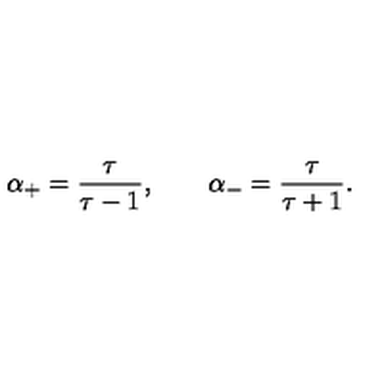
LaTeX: \alpha _ { + } = { \frac { \tau } { \tau - 1 } } , \qquad \alpha _ { - } = { \frac { \tau } { \tau + 1 } } .